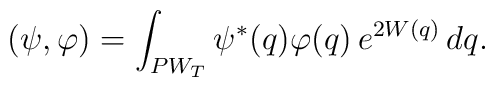
(\psi,\varphi)=\int_{PW_T}\psi^*(q)\varphi(q)\,e^{2W(q)}\,dq.